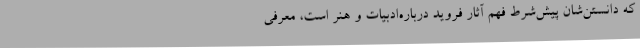
که دانستن‌شان پیش‌شرط فهم آثار فروید درباره‌ادبیات و هنر است، معرفی